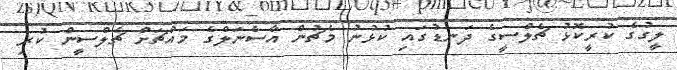
ލީގުގެ ކުރީކޮޅު ޗެލްސީގެ ދަނޑުގައި ކުޅުނު މެޗުން އާސެނަލްގެ މައްޗަށް ޗެލްސީން ކުރި